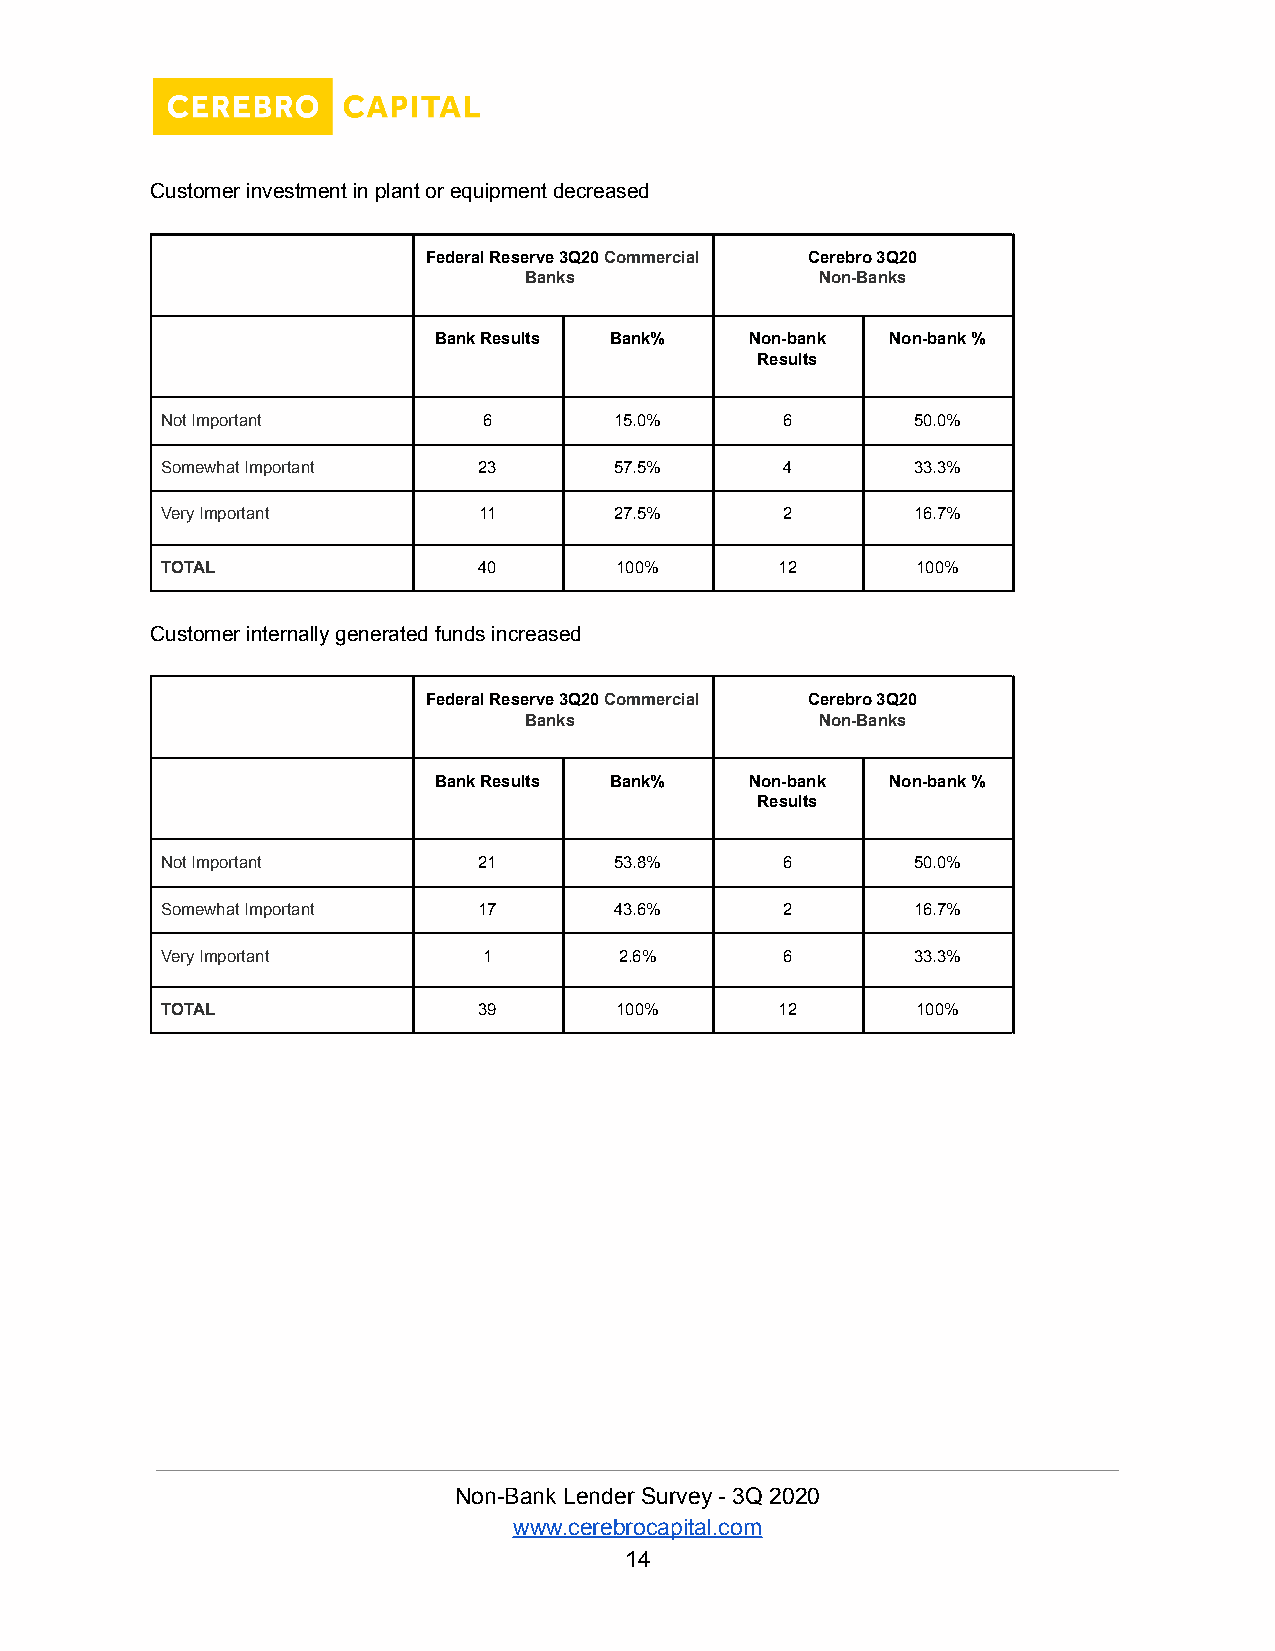
Customer investment in plant or equipment decreased
 Federal Reserve 3Q20Commercial Cerebro 3Q20
 Banks              Non-Banks
 Bank Results Bank%   Non-bank Non-bank %
 Results
 Not Important        6        15.0%      6        50.0%
 Somewhat Important   23       57.5%      4        33.3%
 Very Important       11       27.5%      2        16.7%
 TOTAL                40       100%       12       100%
 Customer internally generated funds increased
 Federal Reserve 3Q20Commercial Cerebro 3Q20
 Banks              Non-Banks
 Bank Results Bank%   Non-bank Non-bank %
 Results
 Not Important        21       53.8%      6        50.0%
 Somewhat Important   17       43.6%      2        16.7%
 Very Important       1        2.6%       6        33.3%
 TOTAL                39       100%       12       100%
 Non-Bank Lender Survey - 3Q 2020
 www.cerebrocapital.com
 14